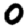
Digit: 0